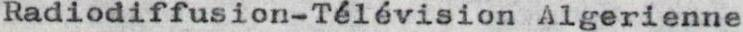
Radiodiffusion-Télévision Algerienne